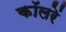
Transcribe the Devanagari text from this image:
कॉलरें